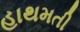
હાથમતી